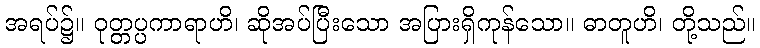
အရပ်၌။ ဝုတ္တပ္ပကာရာဟိ၊ ဆိုအပ်ပြီးသော အပြားရှိကုန်သော။ ဓာတူဟိ၊ တို့သည်။